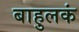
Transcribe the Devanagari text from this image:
बाहुलकं